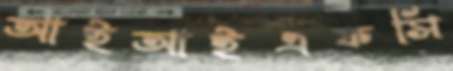
আইআইএফসি